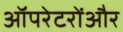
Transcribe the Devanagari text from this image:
ऑपरेटरोंऔर